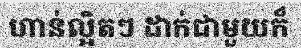
ហាន់ល្អិតៗ ដាក់ជាមួយក៏